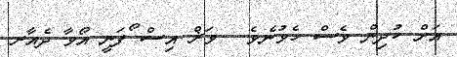
އަށް ކުދިން ވެސް ހެވުނެވެ.  ވަޜް އިސް ޯފަނީ އޯވާ ދެއާރ